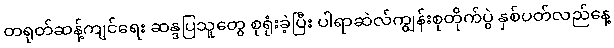
တရုတ်ဆန့်ကျင်ရေး ဆန္ဒပြသူတွေ စုရုံးခဲ့ပြီး ပါရာဆဲလ်ကျွန်းစုတိုက်ပွဲ နှစ်ပတ်လည်နေ့